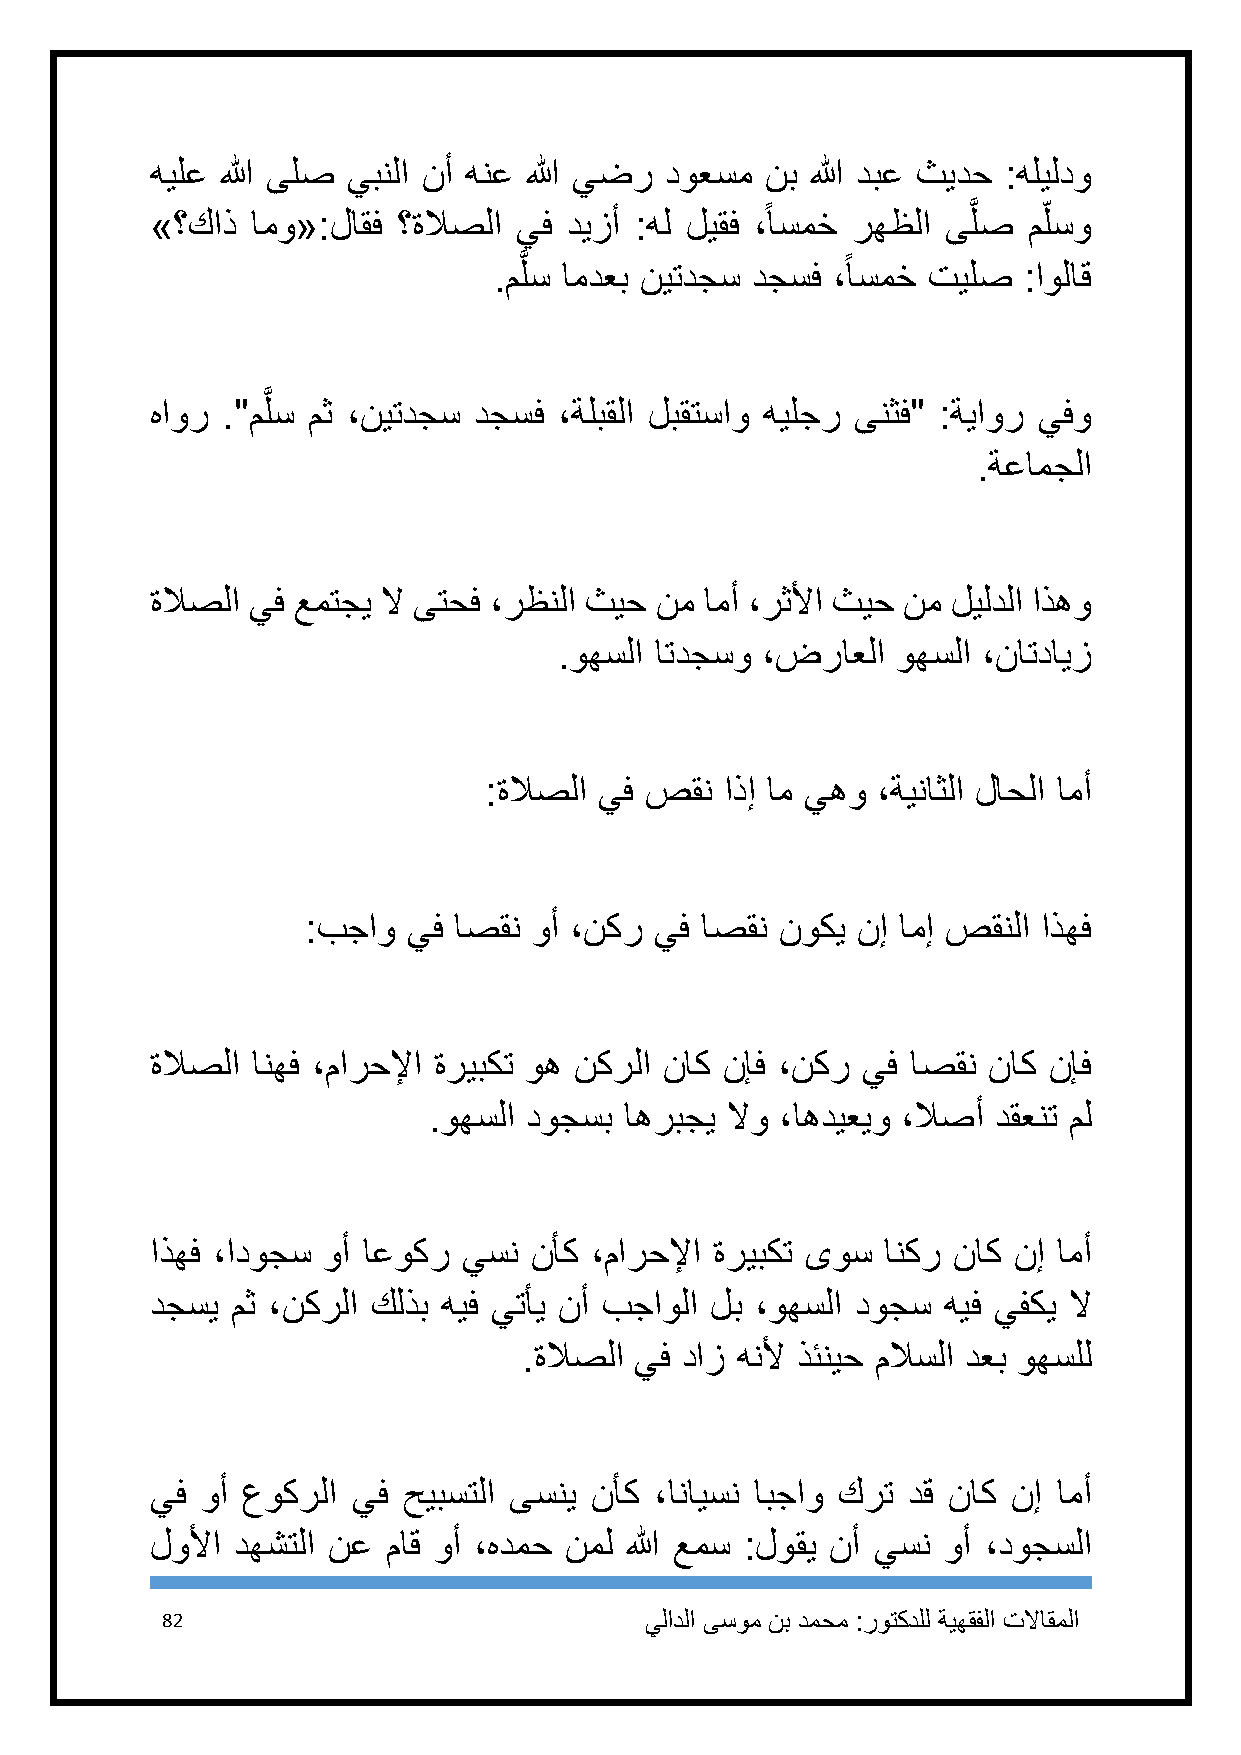
هيلع الله ىلص يبنلا نأ هنع الله يضر دوعسم نب الله دبع ثيدح :هليلدو
 »؟كاذ  امو«:لاقف ؟ةلاصلا يف ديزأ :هل ليقف ،ًاسمخ رهظلا ىَّ لص م لسو
 .مَّ لس امدعب نيتدجس دجسف ،ًاسمخ تيلص :اولاق
 َّ
 هاور ."ملس مث ،نيتدجس دجسف ،ةلبقلا لبقتساو هيلجر ىنثف" :ةياور يفو
 .ةعامجلا
 ةلاصلا يف عمتجي لا ىتحف ،رظنلا ثيح نم امأ ،رثلأا ثيح نم ليلدلا اذهو
 .وهسلا اتدجسو ،ضراعلا وهسلا ،ناتدايز
 :ةلاصلا يف صقن  اذإ ام يهو ،ةيناثلا لاحلا امأ
 :بجاو  يف اصقن وأ ،نكر يف اصقن  نوكي نإ امإ صقنلا اذهف
 ةلاصلا انهف ،مارحلإا ةريبكت وه نكرلا ناك نإف ،نكر يف اصقن ناك نإف
 .وهسلا دوجسب اهربجي لاو ،اهديعيو ،لاصأ دقعنت مل
 اذهف ،ادوجس وأ اعوكر يسن نأك ،مارحلإا ةريبكت ىوس انكر ناك نإ امأ
 دجسي مث ،نكرلا كلذب هيف يتأي نأ بجاولا لب ،وهسلا دوجس هيف يفكي لا
 .ةلاصلا يف داز هنلأ ذئنيح ملاسلا دعب وهسلل
 يف وأ عوكرلا يف  حيبستلا ىسني نأك ،انايسن ابجاو كرت دق ناك نإ امأ
 لولأا دهشتلا نع ماق وأ ،هدمح نمل الله عمس :لوقي نأ يسن وأ ،دوجسلا
 82                              يلادلا ىسوم نب دمحم :روتكدلل ةيهقفلا تلااقملا